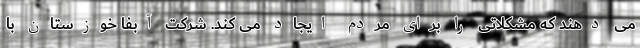
می دهند که مشکلاتی را برای مردم ایجاد می کند. شرکت آبفا خوزستان با